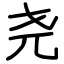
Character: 尧